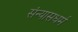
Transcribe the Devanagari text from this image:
संन्यासधर्म